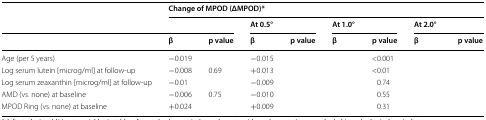
<table><thead><tr><td rowspan="2">[EMPTY_CELL]</td><td colspan="8"><b>Change of MPOD (ΔMPOD)*</b></td></tr><tr><td colspan="2">[EMPTY_CELL]</td><td colspan="2"><b>At 0.5°</b></td><td colspan="2"><b>At 1.0°</b></td><td colspan="2"><b>At 2.0°</b></td></tr><tr><td>[EMPTY_CELL]</td><td><b>β</b></td><td><b>p value</b></td><td><b>β</b></td><td><b>p value</b></td><td><b>β</b></td><td><b>p value</b></td><td><b>β</b></td><td><b>p value</b></td></tr></thead><tbody><tr><td>Age (per 5 years)</td><td>−0.019</td><td>[EMPTY_CELL]</td><td>−0.015</td><td>[EMPTY_CELL]</td><td>[EMPTY_CELL]</td><td>&lt;0.001</td><td>[EMPTY_CELL]</td><td>[EMPTY_CELL]</td></tr><tr><td>Log serum lutein [microg/ml] at follow-up</td><td>−0.008</td><td>0.69</td><td>+0.013</td><td>[EMPTY_CELL]</td><td>[EMPTY_CELL]</td><td>&lt;0.01</td><td>[EMPTY_CELL]</td><td>[EMPTY_CELL]</td></tr><tr><td>Log serum zeaxanthin [microg/ml] at follow-up</td><td>−0.01</td><td>[EMPTY_CELL]</td><td>−0.009</td><td>[EMPTY_CELL]</td><td>[EMPTY_CELL]</td><td>0.74</td><td>[EMPTY_CELL]</td><td>[EMPTY_CELL]</td></tr><tr><td>AMD (vs. none) at baseline</td><td>−0.006</td><td>0.75</td><td>−0.010</td><td>[EMPTY_CELL]</td><td>[EMPTY_CELL]</td><td>0.55</td><td>[EMPTY_CELL]</td><td>[EMPTY_CELL]</td></tr><tr><td>MPOD Ring (vs. none) at baseline</td><td>+0.024</td><td>[EMPTY_CELL]</td><td>+0.009</td><td>[EMPTY_CELL]</td><td>[EMPTY_CELL]</td><td>0.31</td><td>[EMPTY_CELL]</td><td>[EMPTY_CELL]</td></tr></tbody></table>